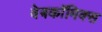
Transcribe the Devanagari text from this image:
वेबकाॅमिक्स